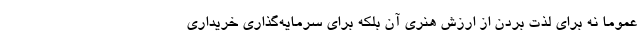
عموما نه برای لذت بردن از ارزش هنری آن بلکه برای سرمایه‌گذاری خریداری